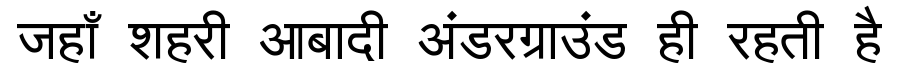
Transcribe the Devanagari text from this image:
जहाँ शहरी आबादी अंडरग्राउंड ही रहती है